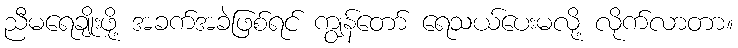
ညီမရေချိုးဖို့ အခက်အခဲဖြစ်ရင် ကျွန်တော် ရေသယ်ပေးမလို့ လိုက်လာတာ။